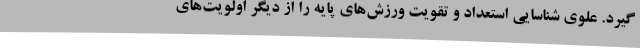
گیرد. علوی شناسایی استعداد و تقویت ورزش‌های پایه را از دیگر اولویت‌های